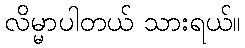
လိမ္မာပါတယ် သားရယ်။